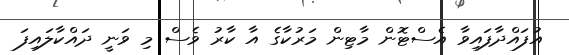
އުފައްދާފައިވާ އެސްޓޮން މާޓިން މަރުކާގެ އާ ކާރު ވެސް މި ވަނީ ދައްކާލައިފަ